Scientific memoirs by medical officers of the Army of India - Part VII,
Year: 1892
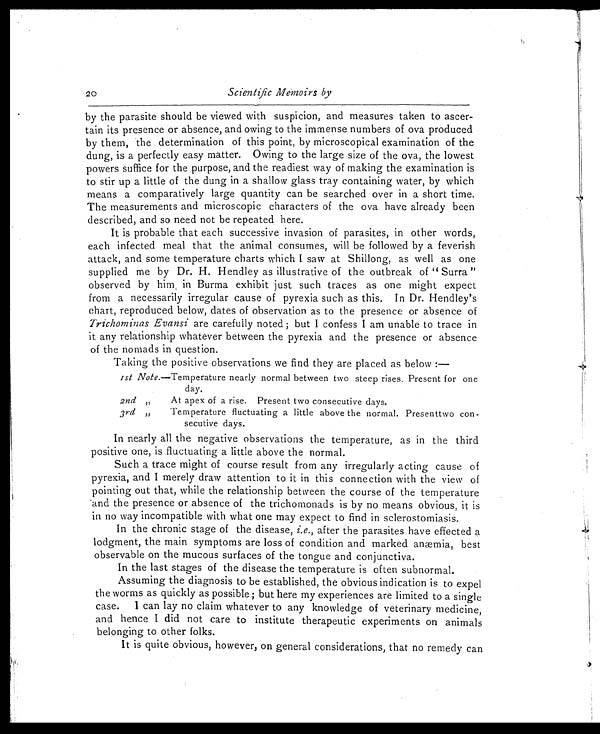
20
Scientific Memoirs by
by the parasite should be viewed with suspicion, and measures taken to ascer-
tain its presence or absence, and owing to the immense numbers of ova produced
by them, the determination of this point, by microscopical examination of the
dung, is a perfectly easy matter. Owing to the large size of the ova, the lowest
powers suffice for the purpose, and the readiest way of making the examination is
to stir up a little of the dung in a shallow glass tray containing water, by which
means a comparatively large quantity can be searched over in a short time.
The measurements and microscopic characters of the ova have already been
described, and so need not be repeated here.
It is probable that each successive invasion of parasites, in other words,
each infected meal that the animal consumes, will be followed by a feverish
attack, and some temperature charts which I saw at Shillong, as well as one
supplied me by Dr. H. Hendley as illustrative of the outbreak of " Surra "
observed by him in Burma exhibit just such traces as one might expect
from a necessarily irregular cause of pyrexia such as this. In Dr. Hendley's
chart, reproduced below, dates of observation as to the presence or absence of
Trichominas Evansi are carefully noted ; but I confess I am unable to trace in
it any relationship whatever between the pyrexia and the presence or absence
of the nomads in question.
Taking the positive observations we find they are placed as below :—
1st Note. —Temperature nearly normal between two steep rises. Present for one
day .
2nd ,, At apex of a rise. Present two consecutive days.
3rd ,, Temperature fluctuating a little above the normal. Presenttwo con-
secutive days.
In nearly all the negative observations the temperature, as in the third
positive one, is fluctuating a little above the normal.
Such a trace might of course result from any irregularly acting cause of
pyrexia, and I merely draw attention to it in this connection with the view of
pointing out that, while the relationship between the course of the temperature
and the presence or absence of the trichomonads is by no means obvious, it is
in no way incompatible with what one may expect to find in sclerostomiasis.
In the chronic stage of the disease, i.e., after the parasites have effected a
lodgment, the main symptoms are loss of condition and marked anæmia, best
observable on the mucous surfaces of the tongue and conjunctiva.
In the last stages of the disease the temperature is often subnormal.
Assuming the diagnosis to be established, the obvious indication is to expel
the worms as quickly as possible ; but here my experiences are limited to a single
case. I can lay no claim whatever to any knowledge of veterinary medicine,
and hence I did not care to institute therapeutic experiments on animals
belonging to other folks.
It is quite obvious, however, on general considerations, that no remedy can